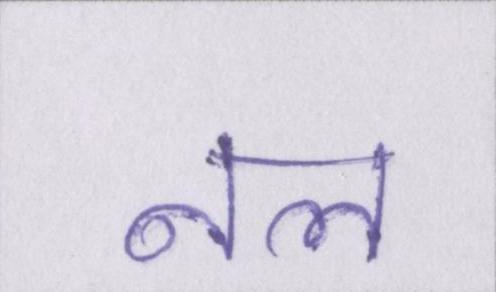
नल